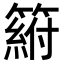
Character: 𥲛